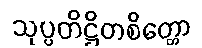
သုပ္ပတိဋ္ဌိတစိတ္တော